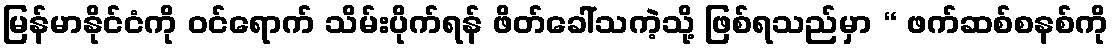
မြန်မာနိုင်ငံကို ဝင်ရောက် သိမ်းပိုက်ရန် ဖိတ်ခေါ်သကဲ့သို့ ဖြစ်ရသည်မှာ “ ဖက်ဆစ်စနစ်ကို